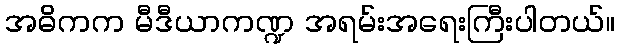
အဓိကက မီဒီယာကဏ္ဍ အရမ်းအရေးကြီးပါတယ်။